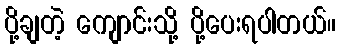
ပို့ချတဲ့ ကျောင်းသို့ ပို့ပေးရပါတယ်။